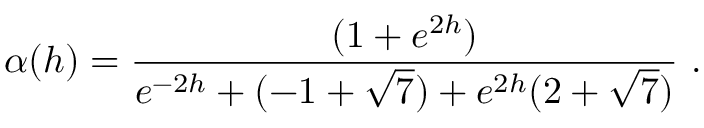
\alpha ( h ) = \frac { ( 1 + e ^ { 2 h } ) } { e ^ { - 2 h } + ( - 1 + \sqrt { 7 } ) + e ^ { 2 h } ( 2 + \sqrt { 7 } ) } \ .